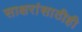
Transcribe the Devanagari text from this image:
साक्षरांसाठीही